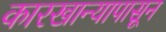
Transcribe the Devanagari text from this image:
कारखान्यापासून